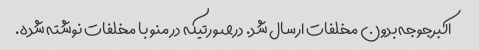
اکبرجوجه بدون مخلفات ارسال شد. درصورتیکه در منو با مخلفات نوشته شده.